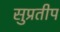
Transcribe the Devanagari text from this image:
सुप्रतीप